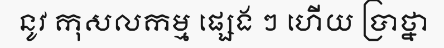
នូវ កុសលកម្ម ផ្សេង ៗ ហើយ ប្រាថ្នា